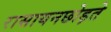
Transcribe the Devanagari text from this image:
रासायनछोड़ते